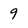
Character: 9